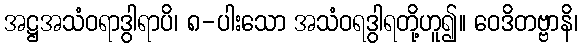
အဋ္ဌအသံဝရာဒွါရာပိ၊ ၈-ပါးသော အသံဝရဒွါရတို့ဟူ၍။ ဝေဒိတဗ္ဗာနိ၊